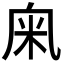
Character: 𥸫